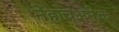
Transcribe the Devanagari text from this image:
नेहाचअनेक